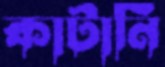
কাটানি